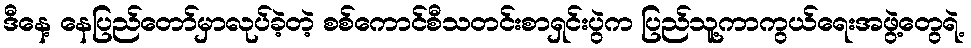
ဒီနေ့ နေပြည်တော်မှာလုပ်ခဲ့တဲ့ စစ်ကောင်စီသတင်းစာရှင်းပွဲက ပြည်သူ့ကာကွယ်ရေးအဖွဲ့တွေရဲ့